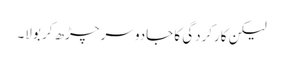
لیکن کارکردگی کا جادو سر چڑھ کر بولا۔